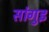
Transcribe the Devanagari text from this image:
सांगुइ